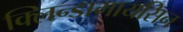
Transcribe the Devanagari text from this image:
क्लिन्डामायसिन